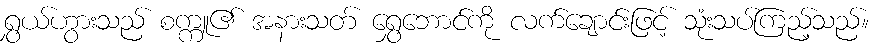
ရွှယ်ဟွားသည် စက္ကူ၏ အနားသတ် ရွှေဘောင်ကို လက်ချောင်းဖြင့် သုံးသပ်ကြည့်သည်။